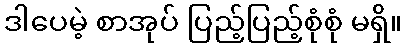
ဒါပေမဲ့ စာအုပ် ပြည့်ပြည့်စုံစုံ မရှိ။